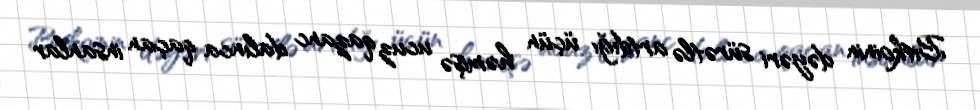
Bitkoinin dəyəri sürətlə artdığı üçün həmişə ucuz qazanc dalınca qaçan insanlar